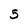
Character: 5